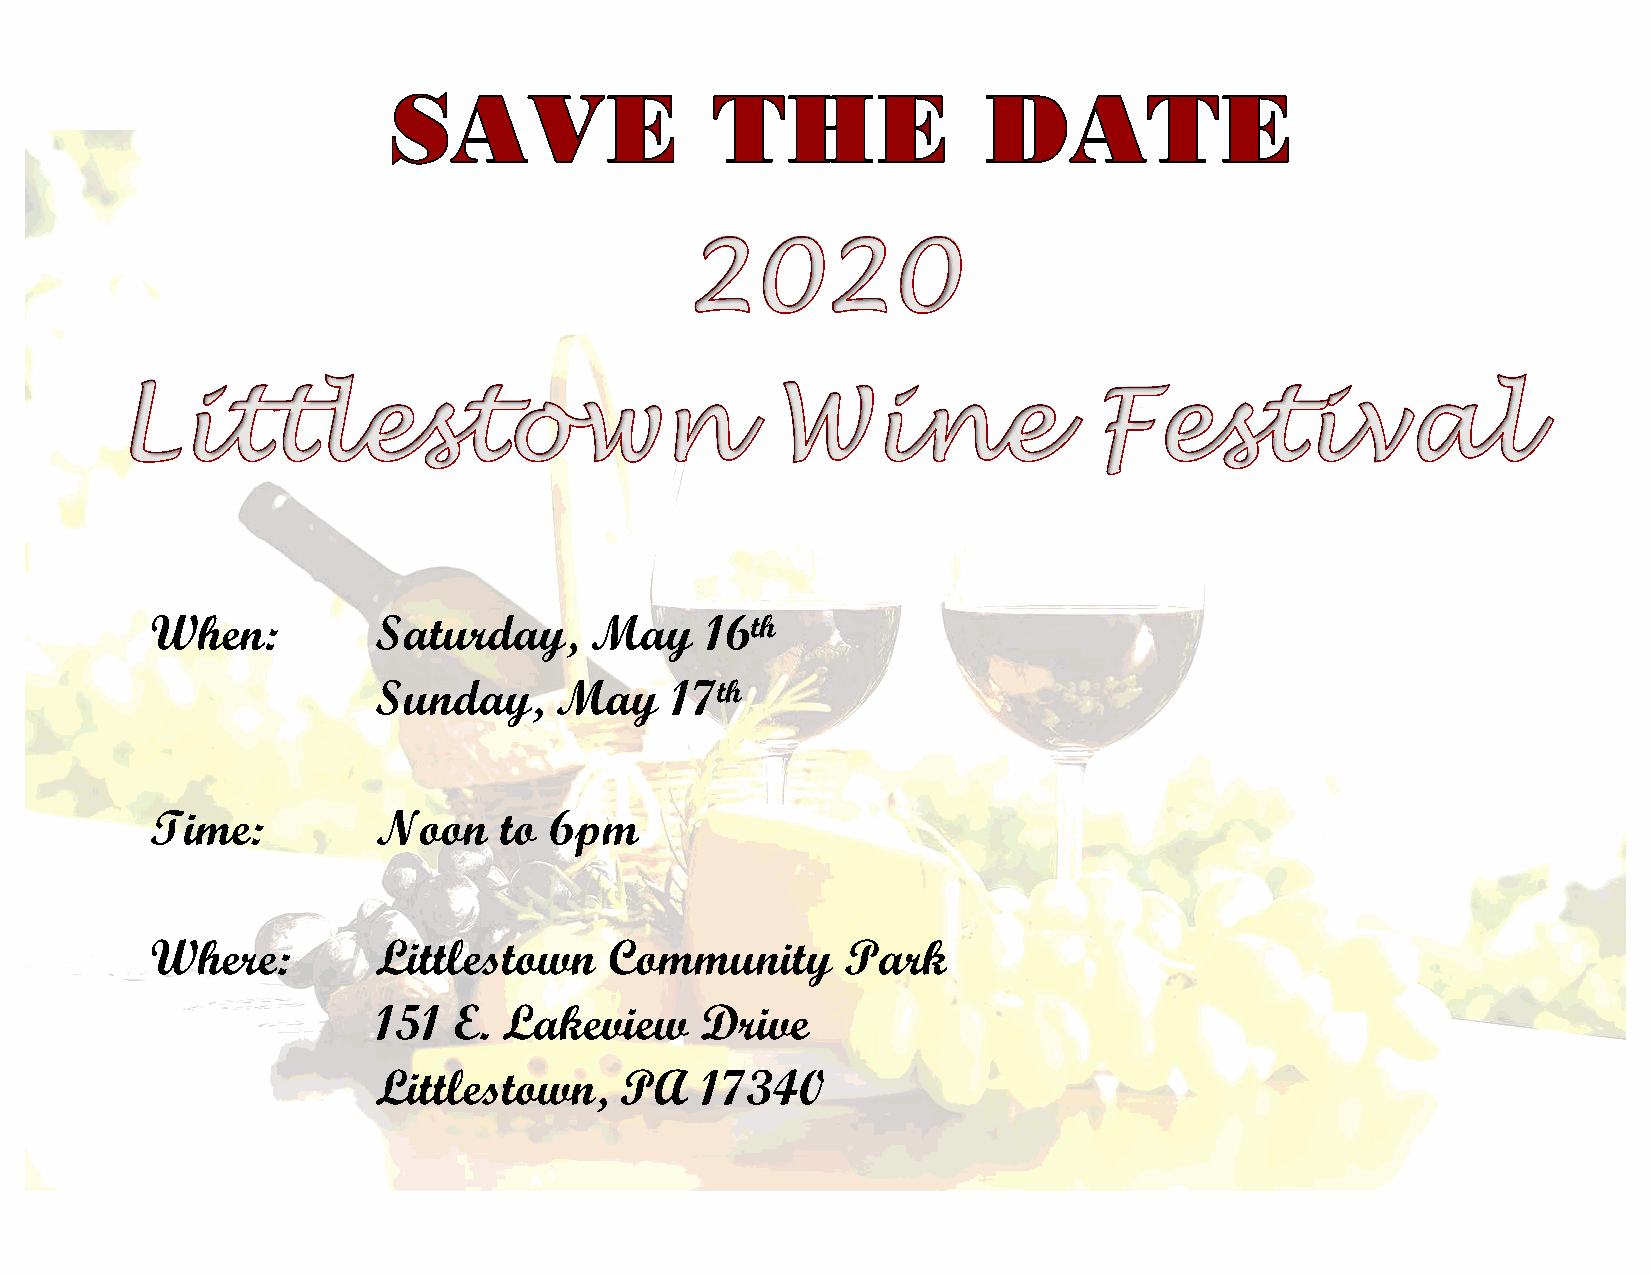
When:          Saturday,     May     16th
 Sunday,     May    17th
 Time:          Noon    to 6pm
 Where:         Littlestown    Community       Park
 151  E. Lakeview     Drive
 Littlestown,    PA   17340